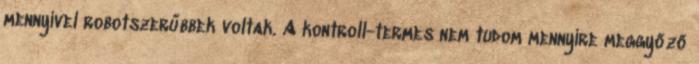
mennyivel robotszerűbbek voltak. A kontroll-termes nem tudom mennyire meggyőző